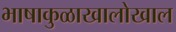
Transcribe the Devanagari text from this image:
भाषाकुळाखालोखाल